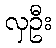
လှဦး